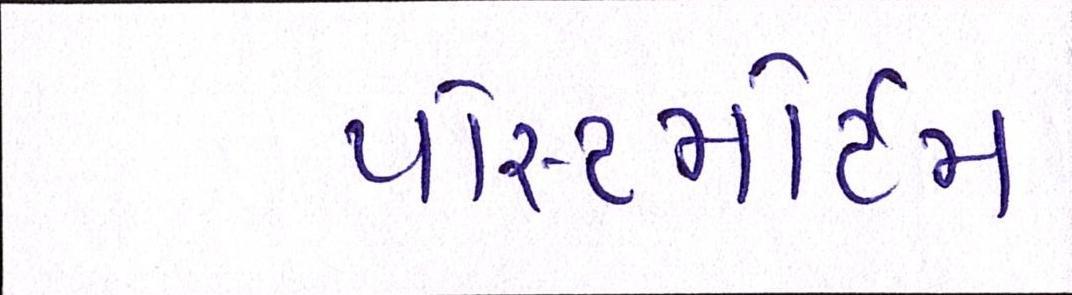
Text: પોસ્ટમોર્ટમ